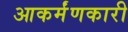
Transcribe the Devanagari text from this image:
आकर्मंणकारी